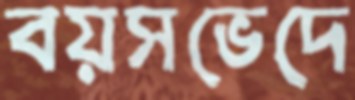
বয়সভেদে